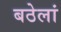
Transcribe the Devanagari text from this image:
बठेलां